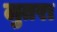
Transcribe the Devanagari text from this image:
लुतरा